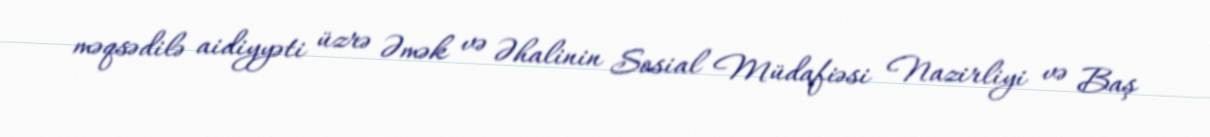
məqsədilə aidiyyəti üzrə Əmək və Əhalinin Sosial Müdafiəsi Nazirliyi və Baş